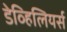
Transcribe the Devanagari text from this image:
डेव्हिलियर्स